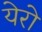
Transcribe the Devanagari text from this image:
येरो